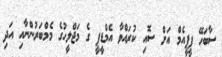
ސާބަހޭ ޕީޕީއެމް އަށް ސޮއި ކުރައްވާ އެމްޑީޕީ ގެ މަޖްލީހުގެ މެމްބަރުންނާއި އަދި